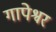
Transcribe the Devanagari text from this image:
गापेश्वर